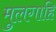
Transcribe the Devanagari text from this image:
मुलगाहि